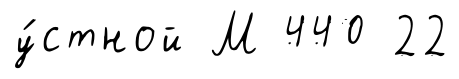
у́стной М 440 22